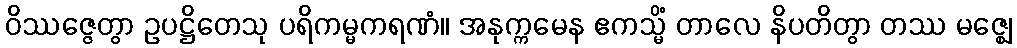
ဝိဿဇ္ဇေတွာ ဥပဋ္ဌိတေသု ပရိကမ္မကရဏံ။ အနုက္ကမေန ဧကသ္မိံ တာလေ နိပတိတွာ တဿ မဇ္ဈေ